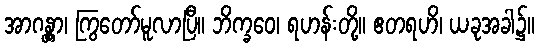
အာဂန္တွာ၊ ကြွတော်မူလာပြီ။ ဘိက္ခဝေ၊ ရဟန်းတို့။ ဧတရဟိ၊ ယခုအခါ၌။